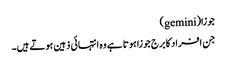
جوزا(gemini)
جن افراد کا برج جوزا ہوتا ہے وہ انتہائی ذہین ہوتے ہیں۔